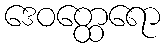
ဒေဝတ္ထေရော